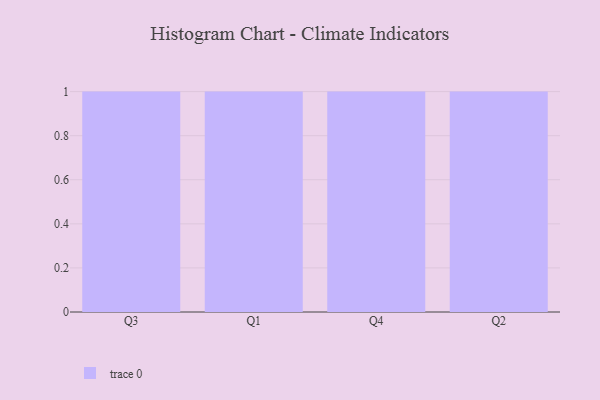
{"axis": {"x": "Quarter", "y": "Headcount"}, "legend": [""], "data": [{"x": "Q3", "y": 44, "type": ""}, {"x": "Q1", "y": 73, "type": ""}, {"x": "Q4", "y": 82, "type": ""}, {"x": "Q2", "y": 47, "type": ""}]}